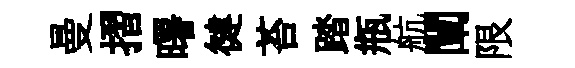
曼摺曙徤苔踏瓶航闡限